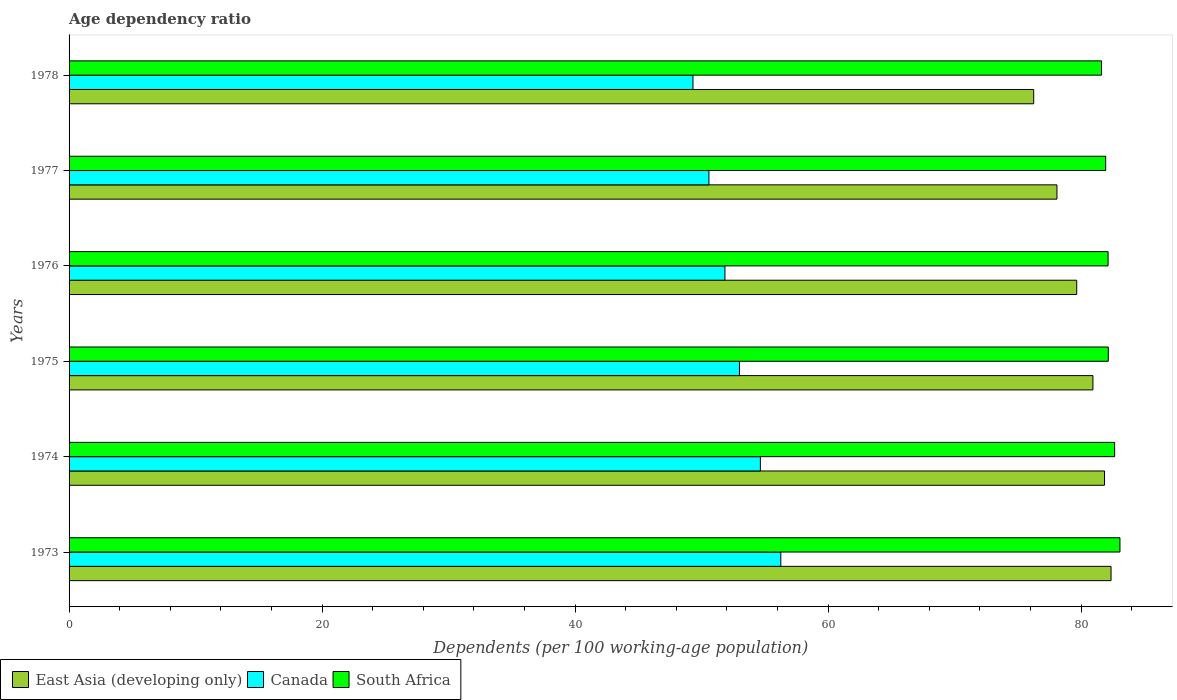
| Years | East Asia (developing only) | Canada | South Africa |
 | --- | --- | --- | --- |
 | 1973 | 82.4 | 56.3 | 83.1 |
 | 1974 | 81.9 | 54.7 | 82.7 |
 | 1975 | 80.9 | 53 | 82.2 |
 | 1976 | 79.7 | 51.9 | 82.1 |
 | 1977 | 78.1 | 50.6 | 81.9 |
 | 1978 | 76.3 | 49.3 | 81.6 |